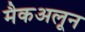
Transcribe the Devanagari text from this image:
मैकअलून